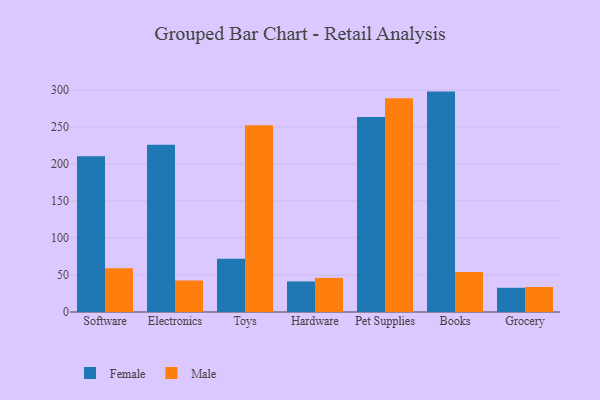
{"axis": {"x": "Category", "y": "Demand Index"}, "legend": ["Female", "Male"], "data": [{"x": "Software", "y": 210.3, "type": "Female"}, {"x": "Software", "y": 59.1, "type": "Male"}, {"x": "Electronics", "y": 226.0, "type": "Female"}, {"x": "Electronics", "y": 42.6, "type": "Male"}, {"x": "Toys", "y": 71.9, "type": "Female"}, {"x": "Toys", "y": 252.5, "type": "Male"}, {"x": "Hardware", "y": 41.3, "type": "Female"}, {"x": "Hardware", "y": 46.1, "type": "Male"}, {"x": "Pet Supplies", "y": 263.4, "type": "Female"}, {"x": "Pet Supplies", "y": 288.7, "type": "Male"}, {"x": "Books", "y": 297.8, "type": "Female"}, {"x": "Books", "y": 54.0, "type": "Male"}, {"x": "Grocery", "y": 32.7, "type": "Female"}, {"x": "Grocery", "y": 33.8, "type": "Male"}]}